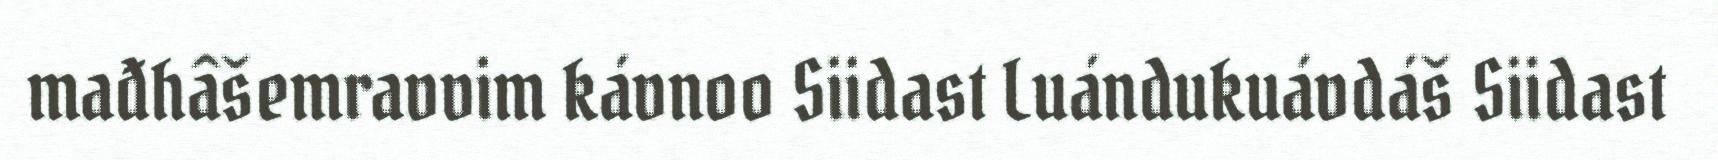
mađhâšemravvim kávnoo Siidast Luándukuávdáš Siidast